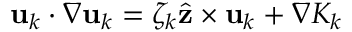
{ \bf u } _ { k } \cdot \nabla { \bf u } _ { k } = \zeta _ { k } \hat { \bf { z } } \times { \bf u } _ { k } + \nabla K _ { k }